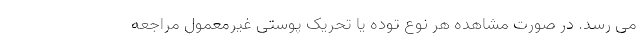
می رسد. در صورت مشاهده هر نوع توده یا تحریک پوستی غیرمعمول مراجعه